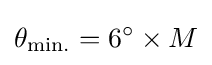
\theta _{\text{min.}}=6^{\circ }\times M